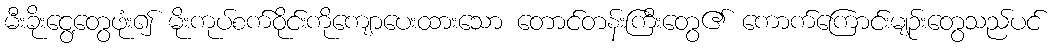
မီးခိုးငွေ့တွေဖုံး၍ မိုးကုပ်စက်ဝိုင်းကိုကျောပေးထားသော တောင်တန်းကြီးတွေ၏ ကောက်ကြောင်းမျဉ်းတွေသည်ပင်